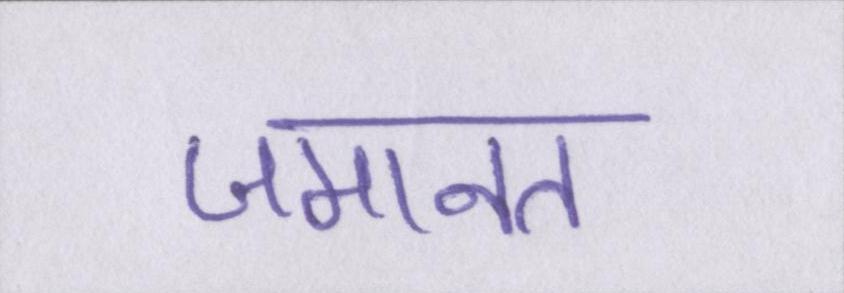
जमानत